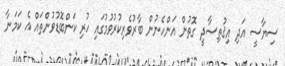
ސިޔާސީ އަދި އިޤުތިޞާދީ ގޮތުން އަންހެނުން ބާރުވެރިކުރުވުމުގައި ހުރި ކަންބޮޑުވުންތައް އެ ކަމަނާ